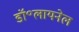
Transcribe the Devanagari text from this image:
डॉ॰लायनेल